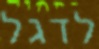
לדגל